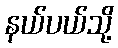
နယ်ပယ်သို့